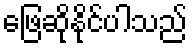
ဖြေဆိုနိုင်ပါသည်